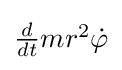
{\textstyle {\frac {d}{dt}}mr^{2}{\dot {\varphi }}}